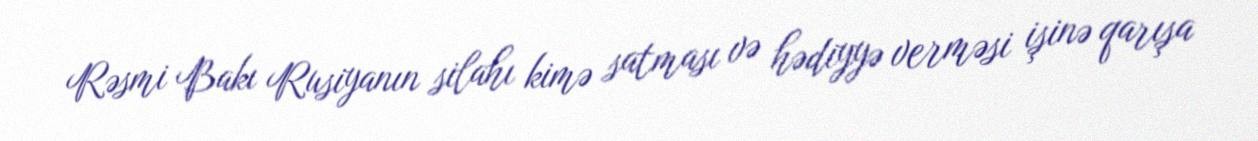
Rəsmi Bakı Rusiyanın silahı kimə satması və hədiyyə verməsi işinə qarışa